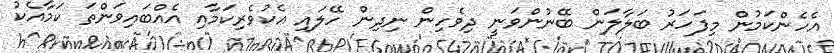
އެހެންކަމުން މިފަހަރު ބަލާލަން ބޭނުންވަނީ ދިވެހިން ނިދިން ހޭލައި އެކުވެރިކަމާއި އެއްބައިވަންތަ ކަމާއެކު